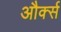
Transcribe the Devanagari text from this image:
और्क्स